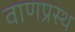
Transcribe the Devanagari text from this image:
वाणप्रस्थ